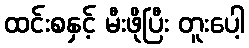
ထင်းစနှင့် မီးဖိုပြီး တူးပေါ့